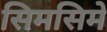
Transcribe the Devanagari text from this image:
सिमसिमे